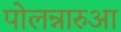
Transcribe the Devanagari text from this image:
पोलन्नारुआ